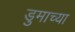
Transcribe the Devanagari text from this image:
डुमाच्या